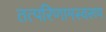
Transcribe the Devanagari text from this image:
तत्परिणामस्वरूप